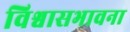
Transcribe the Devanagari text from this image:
विश्वासभावना